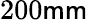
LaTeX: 200\mathsf{m}\mathsf{m}